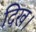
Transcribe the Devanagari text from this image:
दिख।